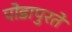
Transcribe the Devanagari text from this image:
पोडापुरते